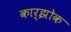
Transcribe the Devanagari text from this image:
कार्झोक